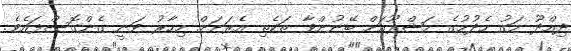
ދިއްދޫ މަގު ހެދުމުގެ މަޝްރޫއަށް ބޭނުންވާ ތަކެތި އެރަށަށް މިހާރު ވަނީ ގެންގޮސްފައެވެ.